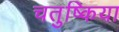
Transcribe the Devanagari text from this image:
चतुष्किया